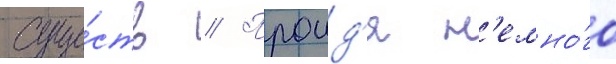
суще́ств // Проид'я н'емно́го